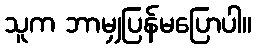
သူက ဘာမျှပြန်မပြောပါ။